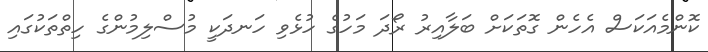
ކޮންމެއަކަސް އެހެން ގޮތަކަށް ބަލާއިރު ރޯދަ މަހުގެ ހުޅެވި ހަނދަކީ މުސްލިމުންގެ ހިތްތަކުގައި